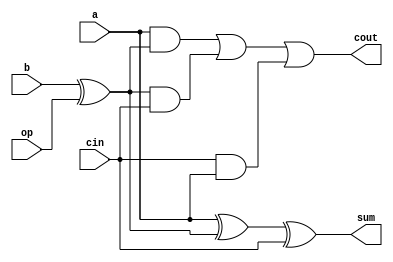
`timescale 1ns / 1ps
//////////////////////////////////////////////////////////////////////////////////
// Company: 
// Engineer: 
// 
// Design Name: 
// Module Name:    single_bit 
// Project Name: 
// Target Devices: 
// Tool versions: 
// Description: 
//
// Dependencies: 
//
// Revision: 
// Revision 0.01 - File Created
// Additional Comments: 
//
//////////////////////////////////////////////////////////////////////////////////
module single_bit(a, b, cin, op, sum, cout);
	input a;
	input b;
	input cin;
	input op;
	
	output sum;
	output cout;
	
	wire sum;
	wire cout;

	assign sum = a^(b^op)^cin;
	assign cout = (a&(b^op))|((b^op)&cin)|(cin&a);
	
endmodule